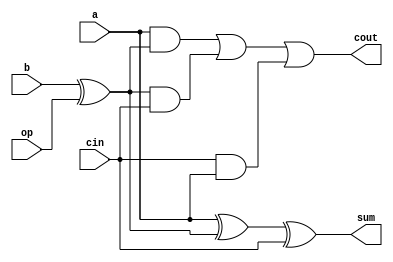
`timescale 1ns / 1ps
//////////////////////////////////////////////////////////////////////////////////
// Company: 
// Engineer: 
// 
// Design Name: 
// Module Name:    single_bit 
// Project Name: 
// Target Devices: 
// Tool versions: 
// Description: 
//
// Dependencies: 
//
// Revision: 
// Revision 0.01 - File Created
// Additional Comments: 
//
//////////////////////////////////////////////////////////////////////////////////
module single_bit(a, b, cin, op, sum, cout);
	input a;
	input b;
	input cin;
	input op;
	
	output sum;
	output cout;
	
	wire sum;
	wire cout;

	assign sum = a^(b^op)^cin;
	assign cout = (a&(b^op))|((b^op)&cin)|(cin&a);
	
endmodule